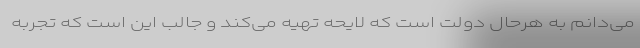
می‌دانم به هرحال دولت است که لایحه تهیه می‌کند و جالب این است که تجربه